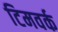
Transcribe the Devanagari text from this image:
टिमवर्क